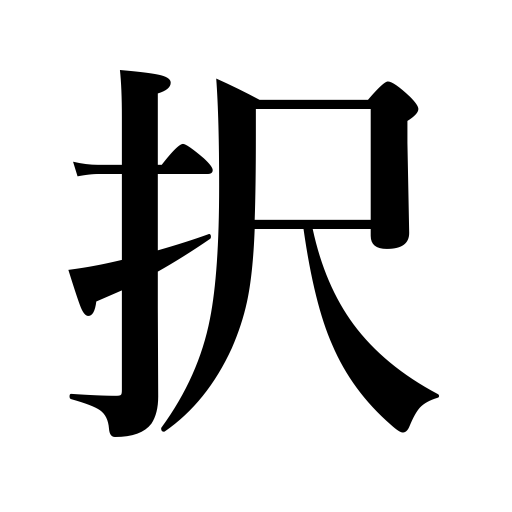
Meanings: elect,choose,cull out,prefer,select,decide on